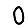
Digit: 0